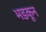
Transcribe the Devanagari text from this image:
भडकून